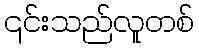
၎င်းသည်လူတစ်